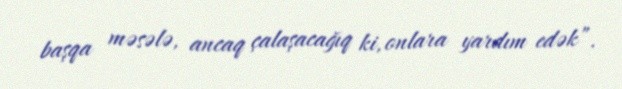
başqa məsələ, ancaq çalaşacağıq ki, onlara yardım edək”.